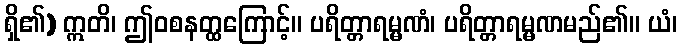
ရှိ၏) ဣတိ၊ ဤဝစနတ္ထကြောင့်။ ပရိတ္တာရမ္မဏံ၊ ပရိတ္တာရမ္မဏမည်၏။ ယံ၊